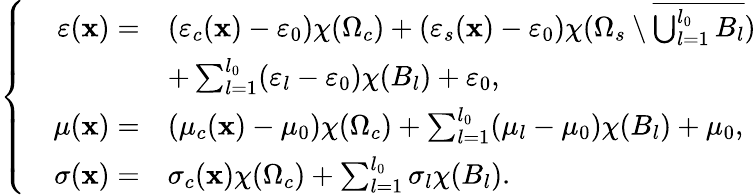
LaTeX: \left\{ \begin{array}{rl}{\varepsilon(\mathbf{x})=}&{(\varepsilon_{c}(\mathbf{x})-\varepsilon_{0})\chi(\Omega_{c})+(\varepsilon_{s}(\mathbf{x})-\varepsilon_{0})\chi(\Omega_{s}\setminus\overline{{\bigcup_{l=1}^{l_{0}}B_{l}}})}\\ &{+\sum_{l=1}^{l_{0}}(\varepsilon_{l}-\varepsilon_{0})\chi(B_{l})+\varepsilon_{0},}\\ {\quad\mu(\mathbf{x})=}&{(\mu_{c}(\mathbf{x})-\mu_{0})\chi(\Omega_{c})+\sum_{l=1}^{l_{0}}(\mu_{l}-\mu_{0})\chi(B_{l})+\mu_{0},}\\ {\sigma(\mathbf{x})=}&{\sigma_{c}(\mathbf{x})\chi(\Omega_{c})+\sum_{l=1}^{l_{0}}\sigma_{l}\chi(B_{l}).}\end{array}\right.